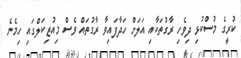
ކުރީގެ މުސްކުޅި ދިވެހި ރާގުތަކާއި އަލަށް ހަދާފައިވާ ރާގުތައް ވެސް މިއުޒިކަލްގައި ހިމެނެ